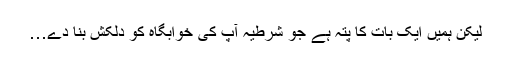
لیکن ہمیں ایک بات کا پتہ ہے جو شرطیہ آپ کی خوابگاہ کو دلکش بنا دے…